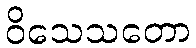
ဝိသေသတော